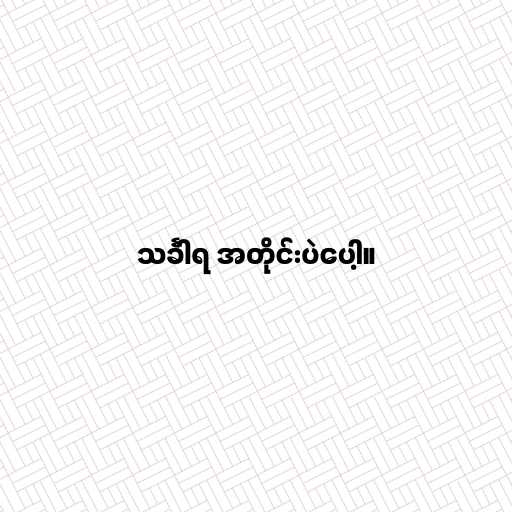
သင်္ခါရ အတိုင်းပဲပေါ့။